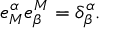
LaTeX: e _ { M } ^ { \alpha } e _ { \beta } ^ { M } = \delta _ { \beta } ^ { \alpha } .